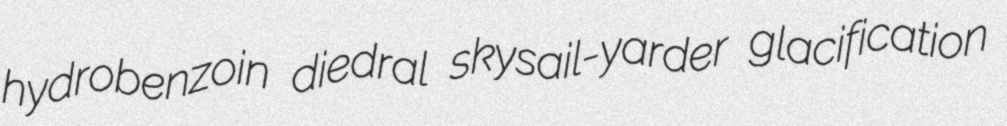
hydrobenzoin diedral skysail-yarder glacification